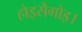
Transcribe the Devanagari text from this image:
होइसैगोइ।